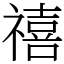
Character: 禧